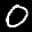
Label: 0